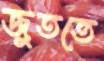
জুততে